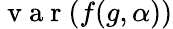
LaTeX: \mathrm{~v~a~r~}(f(g,\alpha))